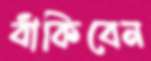
বাঁকিবেন